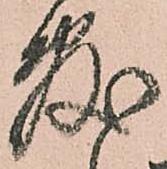
敷